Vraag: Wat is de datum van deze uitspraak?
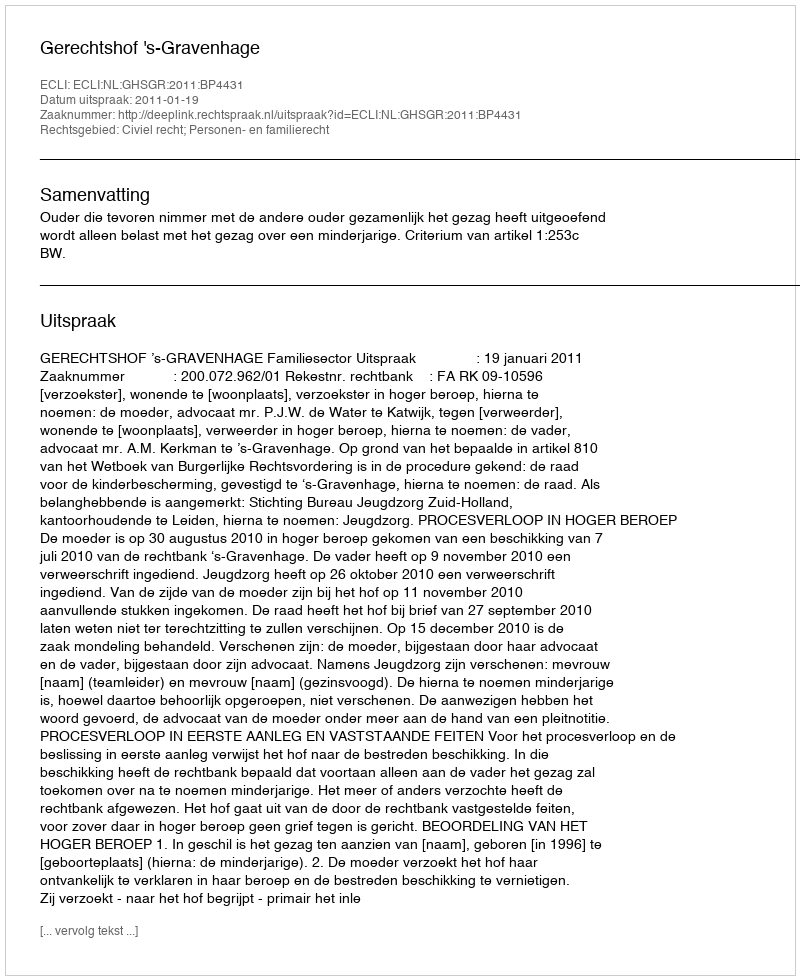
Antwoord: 2011-01-19